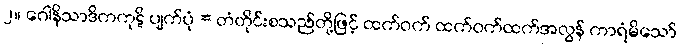
၂။ ဂေါနိသာဒိကကုဋိ ပျက်ပုံ = တံတိုင်းစသည်တို့ဖြင့် ထက်ဝက် ထက်ဝက်ထက်အလွန် ကာရံမိသော်